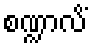
စဏ္ဍာလိံ